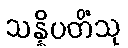
သန္နိပတိံသု